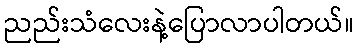
ညည်းသံလေးနဲ့ပြောလာပါတယ်။